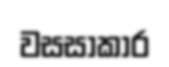
වසසාකාර